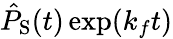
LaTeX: \hat{P}_{\mathrm{S}}(t)\exp(k_{f}t)